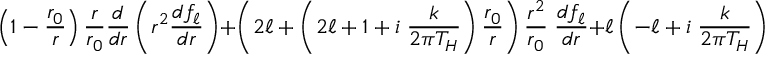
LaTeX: \left( 1 - { \frac { r _ { 0 } } { r } } \right) { \frac { r } { r _ { 0 } } } { \frac { d } { d r } } \left( r ^ { 2 } { \frac { d f _ { \ell } } { d r } } \right) + \left( 2 \ell + \left( 2 \ell + 1 + i \; { \frac { k } { 2 \pi T _ { H } } } \right) { \frac { r _ { 0 } } { r } } \right) { \frac { r ^ { 2 } } { r _ { 0 } } } \; { \frac { d f _ { \ell } } { d r } } + \ell \left( - \ell + i \; { \frac { k } { 2 \pi T _ { H } } } \right) \; f _ { \ell } = 0